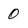
Character: 0